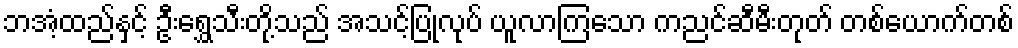
ဘအံ့ထည်နှင့် ဦးရွှေသီးတို့သည် အသင့်ပြုလုပ် ယူလာကြသော ကညင်ဆီမီးတုတ် တစ်ယောက်တစ်